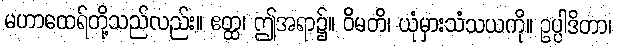
မဟာထေရ်တို့သည်လည်း။ ဧတ္ထ၊ ဤအရာ၌။ ဝိမတိ၊ ယုံမှားသံသယကို။ ဥပ္ပါဒိတာ၊